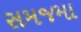
સમજમા